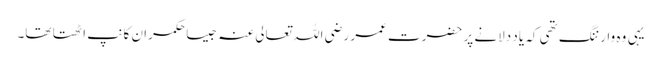
یہی وہ وارننگ تھی کہ یاد دلانے پر حضرت عمر رضی اللہ تعالی عنہ جیسا حکمران کانپ اٹھتا تھا۔